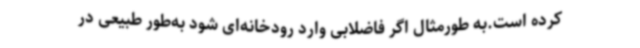
کرده است.به طورمثال اگر فاضلابی وارد رودخانه‌ای شود به‌طور طبیعی در